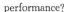
performance?